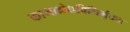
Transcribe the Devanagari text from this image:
कामक्रोधविनिर्मुक्ताः